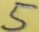
Text: 5